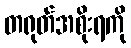
တရုတ်အစိုးရကို